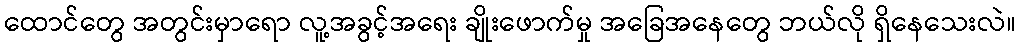
ထောင်တွေ အတွင်းမှာရော လူ့အခွင့်အရေး ချိုးဖောက်မှု အခြေအနေတွေ ဘယ်လို ရှိနေသေးလဲ။